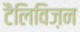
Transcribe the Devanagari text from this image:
टैलिविज़न